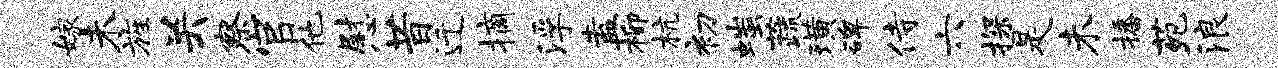
嫁未旌关察官他慰昔迁摘浮盍柳杭初嗤蔬璜碑侍六探是未播苑浪